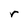
Character: r